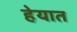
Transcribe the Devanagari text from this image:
हेयात